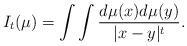
LaTeX: \begin{align*}I_t(\mu)=\int\int \frac{d\mu(x)d\mu(y)}{|x-y|^t}.\end{align*}